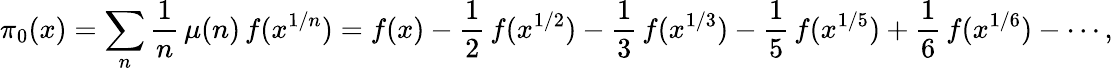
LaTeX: \pi_{0}(x)=\sum_{n}{\frac{1}{n}}\, \mu(n)\, f(x^{1/n})=f(x)-{\frac{1}{2}}\, f(x^{1/2})-{\frac{1}{3}}\, f(x^{1/3})-{\frac{1}{5}}\, f(x^{1/5})+{\frac{1}{6}}\, f(x^{1/6})-\cdots,